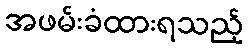
အဖမ်းခံထားရသည့်